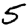
Digit: 5